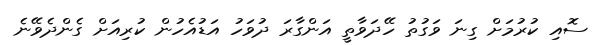
ސޮއި ކުރުމަށް ގިނަ ވަގުތު ހޭދަވާތީ އަންގާރަ ދުވަހު އަޑުއެހުން ކުރިއަށް ގެންދެވޭނެ